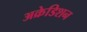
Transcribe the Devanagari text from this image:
अक्रेडिशन